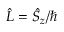
\hat { L } = \hat { S } _ { z } / \hbar